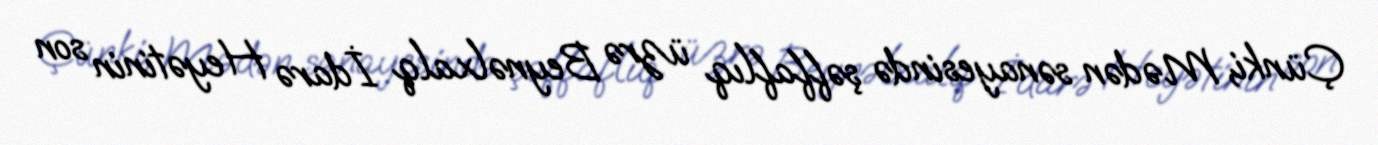
Çünki, Mədən sənayesində şəffaflıq üzrə Beynəlxalq İdarə Heyətinin son